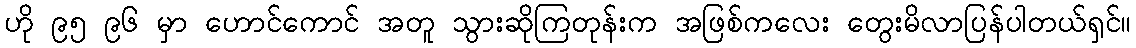
ဟို ၉၅ ၉၆ မှာ ဟောင်ကောင် အတူ သွားဆိုကြတုန်းက အဖြစ်ကလေး တွေးမိလာပြန်ပါတယ်ရှင်။